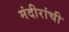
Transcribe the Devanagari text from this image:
मंदीरांची